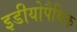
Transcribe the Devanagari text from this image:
इडीयोपैथिक